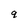
Character: q